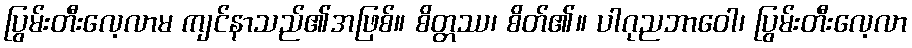
ပြွမ်းတီးလေ့လာမ ကျင်နာသည်၏အဖြစ်။ စိတ္တဿ၊ စိတ်၏။ ပါဂုညဘာဝေါ၊ ပြွမ်းတီးလေ့လာ